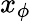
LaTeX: x_{\phi}